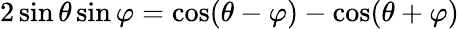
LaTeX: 2\sin\theta\sin\varphi={\cos(\theta-\varphi)-\cos(\theta+\varphi)}